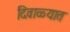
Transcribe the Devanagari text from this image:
दिवाळ्यात